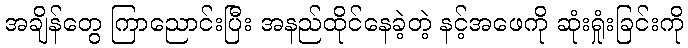
အချိန်တွေ ကြာညောင်းပြီး အနည်ထိုင်နေခဲ့တဲ့ နင့်အဖေကို ဆုံးရှုံးခြင်းကို